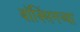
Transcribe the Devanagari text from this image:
बॉक्सिंगच्या